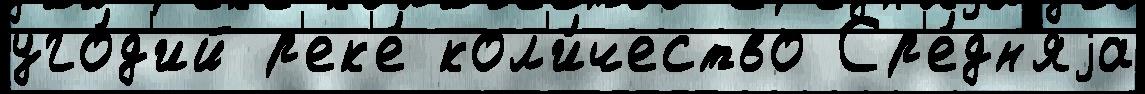
уго́д'ий р'ек'е́ кол'и́чество Ср'е́дн'яjа